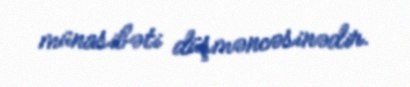
münasibəti düşməncəsinədir.